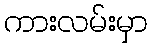
ကားလမ်းမှာ